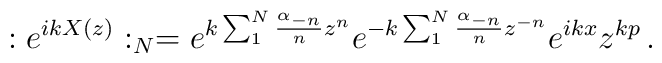
:e^{ikX(z)}:_{N} = e^{k\sum_{1}^{N}\frac{\alpha_{-n}}{n}z^{n}} e^{-k\sum_{1}^{N}\frac{\alpha_{-n}}{n}z^{-n}}e^{ikx}z^{kp} \, .